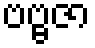
ဗဗ္ဗဇာ